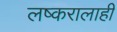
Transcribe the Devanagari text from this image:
लष्करालाही